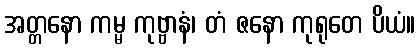
အတ္တနော ကမ္မ ကုဗ္ဗာနံ၊ တံ ဇနော ကုရုတေ ပိယံ။